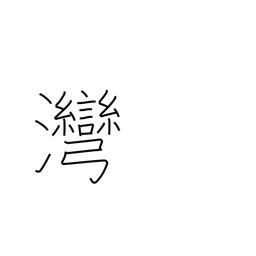
Meaning: inlet